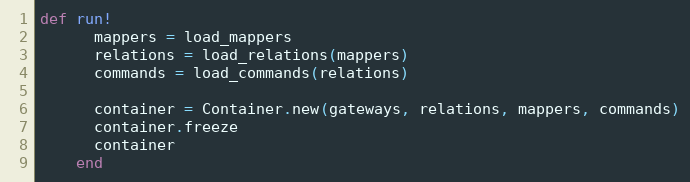
Language: Ruby
def run!
      mappers = load_mappers
      relations = load_relations(mappers)
      commands = load_commands(relations)

      container = Container.new(gateways, relations, mappers, commands)
      container.freeze
      container
    end